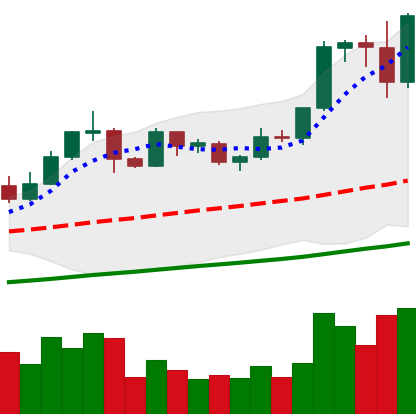
Ticker: EOS-USD
Chart end date: 2019-05-31
Forward return: -24.29%
Label: down_7plus